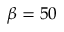
\beta = 5 0